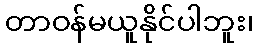
တာဝန်မယူနိုင်ပါဘူး၊